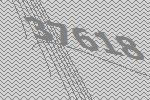
37618